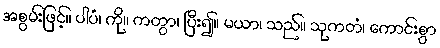
အစွမ်းဖြင့်။ ပါပံ၊ ကို။ ကတွာ၊ ပြီး၍။ မယာ၊ သည်။ သုကတံ၊ ကောင်းစွာ